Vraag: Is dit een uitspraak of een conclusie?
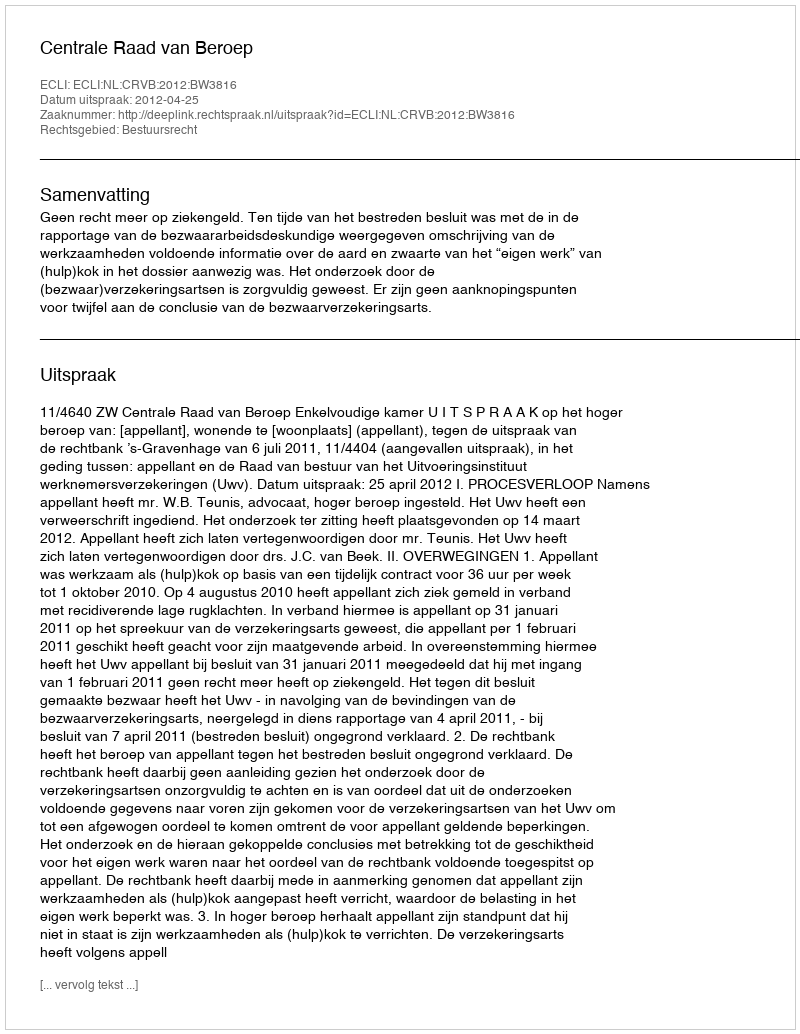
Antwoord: Uitspraak